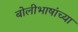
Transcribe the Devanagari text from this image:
बोलीभाषांच्या